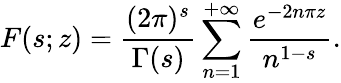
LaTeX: F(s;z)=\frac{(2\pi)^{s}}{\Gamma(s)}\sum_{n=1}^{+\infty}\frac{e^{-2n\pi z}}{n^{1-s}}.